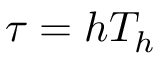
\tau = h T _ { h }